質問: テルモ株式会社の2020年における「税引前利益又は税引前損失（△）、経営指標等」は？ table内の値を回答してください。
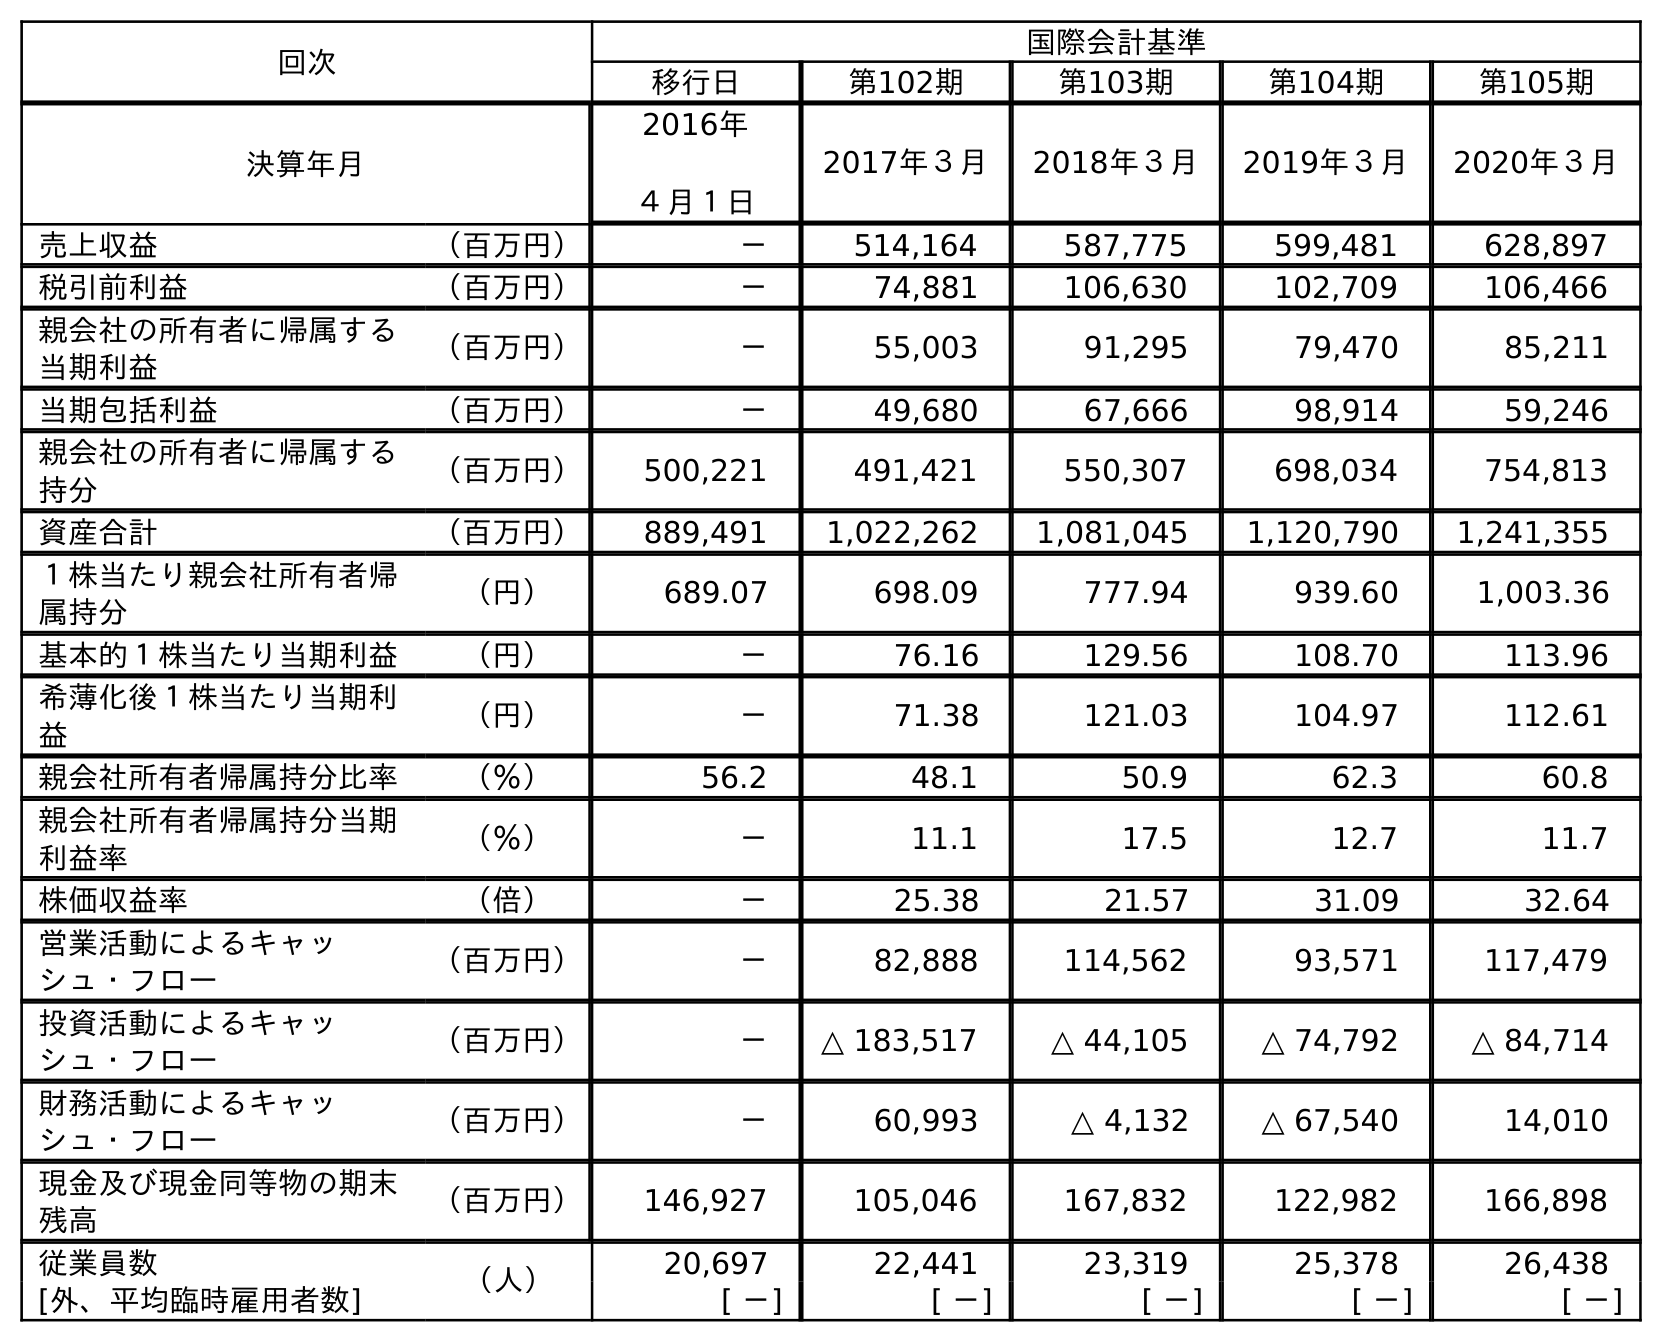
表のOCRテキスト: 回次 国際会計基準 移行日 第102期 第103期 第104期 第105期 決算年月 2016年 ４月１日 2017年３月 2018年３月 2019年３月 2020年３月 売上収益 （百万円） － 514,164 587,775 599,481 628,897 税引前利益 （百万円） － 74,881 106,630 102,709 106,466 親会社の所有者に帰属する 当期利益 （百万円） － 55,003 91,295 79,470 85,211 当期包括利益 （百万円） － 49,680 67,666 98,914 59,246 親会社の所有者に帰属する 持分 （百万円） 500,221 491,421 550,307 698,034 754,813 資産合計 （百万円） 889,491 1,022,262 1,081,045 1,120,790 1,241,355 １株当たり親会社所有者帰 属持分 （円） 689.07 698.09 777.94 939.60 1,003.36 基本的１株当たり当期利益 （円） － 76.16 129.56 108.70 113.96 希薄化後１株当たり当期利 益 （円） － 71.38 121.03 104.97 112.61 親会社所有者帰属持分比率 （％） 56.2 48.1 50.9 62.3 60.8 親会社所有者帰属持分当期 利益率 （％） － 11.1 17.5 12.7 11.7 株価収益率 （倍） － 25.38 21.57 31.09 32.64 営業活動によるキャッ シュ・フロー （百万円） － 82,888 114,562 93,571 117,479 投資活動によるキャッ シュ・フロー （百万円） － △ 183,517 △ 44,105 △ 74,792 △ 84,714 財務活動によるキャッ シュ・フロー （百万円） － 60,993 △ 4,132 △ 67,540 14,010 現金及び現金同等物の期末 残高 （百万円） 146,927 105,046 167,832 122,982 166,898 従業員数 （人） 20,697 22,441 23,319 25,378 26,438 [外、平均臨時雇用者数] [ －] [ －] [ －] [ －] [ －]
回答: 106,466